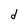
Character: d